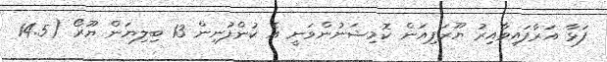
ފަޅާ އަރާފައިވާއިރު ޔޫރަޕިއަން ކޮމިޝަނުންވަނީ އެ ކުންފުނިން 13 ބިލިޔަން ޔޫރޯ (14.5